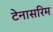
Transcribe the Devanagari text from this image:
टेनासरिम